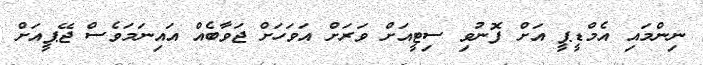
ނިންމައި އެމްޑީޕީ އަށް ފޮނުވި ސިޓީއަށް ވަރަށް އަވަހަށް ޖަވާބެއް އައިނަމަވެސް ޖޭޕީއަށް